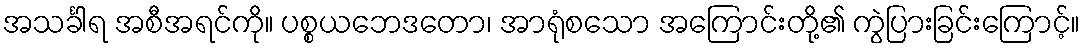
အသင်္ခါရ အစီအရင်ကို။ ပစ္စယဘေဒတော၊ အာရုံစသော အကြောင်းတို့၏ ကွဲပြားခြင်းကြောင့်။